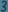
Text: 3